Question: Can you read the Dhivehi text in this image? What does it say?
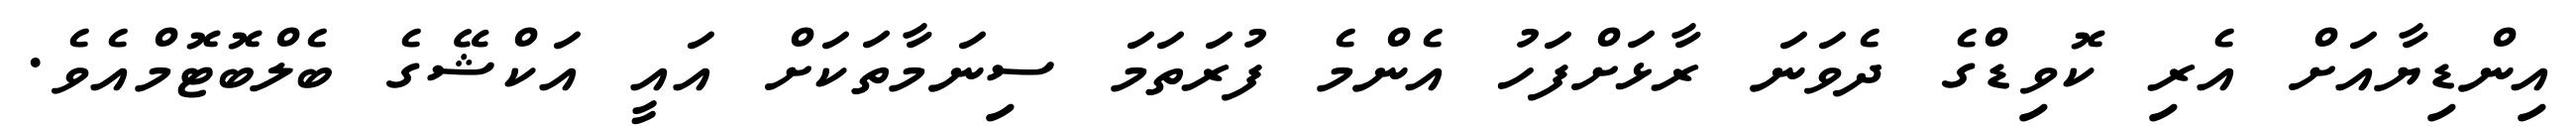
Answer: އިންޑިޔާއަށް އެރި ކޮވިޑްގެ ދެވަނަ ރާޅަށްފަހު އެންމެ ފުރަތަމަ ސިނަމާތަކަށް އައީ އަކްޝޭގެ ބެލްބޮޓޮމްއެވެ.